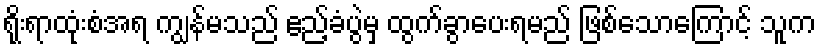
ရိုးရာထုံးစံအရ ကျွန်မသည် ဧည့်ခံပွဲမှ ထွက်ခွာပေးရမည် ဖြစ်သောကြောင့် သူက